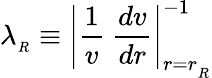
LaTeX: \lambda_{_R}\equiv\left|{\frac{1}{v}}\ {\frac{dv}{dr}}\right|_{r=r_{_R}}^{-1}